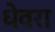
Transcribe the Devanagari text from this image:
धेवरा